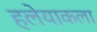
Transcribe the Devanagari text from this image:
हलेयाकला